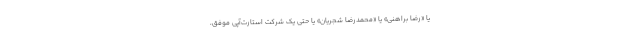
یا «رضا براهنی» یا «محمدرضا شجریان» یا حتی یک شرکت استارت‌آپی موفق،